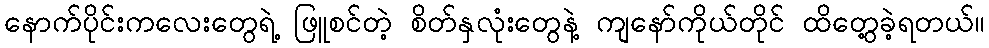
နောက်ပိုင်းကလေးတွေရဲ့ ဖြူစင်တဲ့ စိတ်နှလုံးတွေနဲ့ ကျနော်ကိုယ်တိုင် ထိတွေ့ခဲ့ရတယ်။